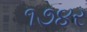
૧૭૪ર